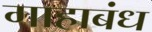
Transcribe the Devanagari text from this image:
गाहाबंध